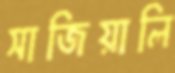
সাজিয়ালি